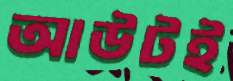
আউটই